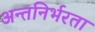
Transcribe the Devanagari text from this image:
अन्तनिर्भरता